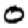
Digit: 0